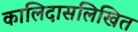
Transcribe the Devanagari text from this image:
कालिदासलिखित